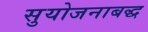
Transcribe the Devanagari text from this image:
सुयोजनाबद्ध